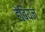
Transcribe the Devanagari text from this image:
हेबियन